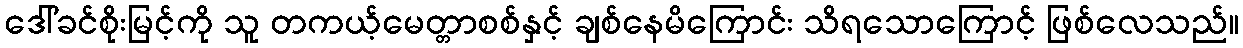
ဒေါ်ခင်စိုးမြင့်ကို သူ တကယ့်မေတ္တာစစ်နှင့် ချစ်နေမိကြောင်း သိရသောကြောင့် ဖြစ်လေသည်။